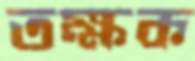
তক্ষক